Indian journal of veterinary science and animal husbandry - Volume 9,
Year: 1939
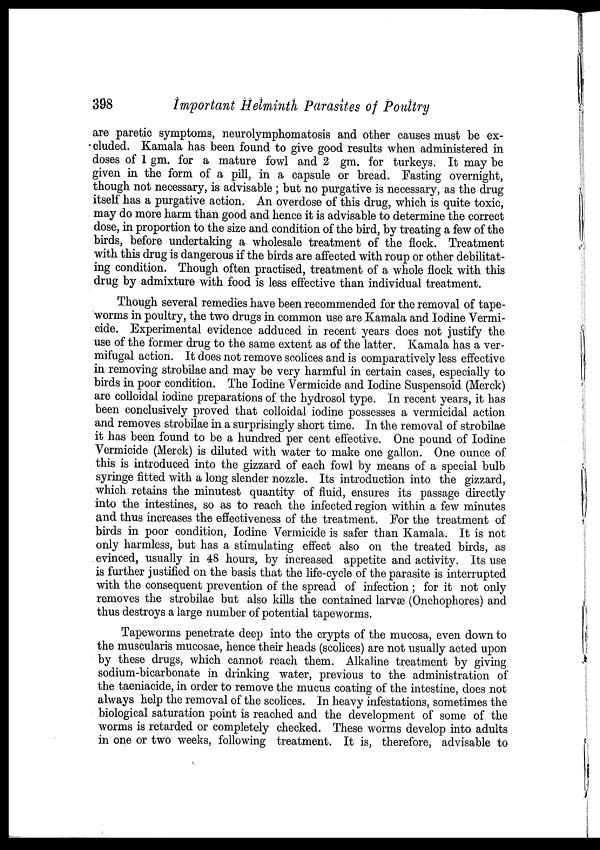
398
Important Helminth Parasites of Poultry
are paretic symptoms, neurolymphomatosis and other causes must be ex-
cluded. Kamala has been found to give good results when administered in
doses of 1 gm. for a mature fowl and 2 gm. for turkeys. It may be
given in the form of a pill, in a capsule or bread. Fasting overnight,
though not necessary, is advisable ; but no purgative is necessary, as the drug
itself has a purgative action. An overdose of this drug, which is quite toxic,
may do more harm than good and hence it is advisable to determine the correct
dose, in proportion to the size and condition of the bird, by treating a few of the
birds, before undertaking a wholesale treatment of the flock. Treatment
with this drug is dangerous if the birds are affected with roup or other debilitat-
ing condition. Though often practised, treatment of a whole flock with this
drug by admixture with food is less effective than individual treatment.
Though several remedies have been recommended for the removal of tape-
worms in poultry, the two drugs in common use are Kamala and Iodine Vermi-
cide. Experimental evidence adduced in recent years does not justify the
use of the former drug to the same extent as of the latter. Kamala has a ver-
mifugal action. It does not remove scolices and is comparatively less effective
in removing strobilae and may be very harmful in certain cases, especially to
birds in poor condition. The Iodine Vermicide and Iodine Suspensoid (Merck)
are colloidal iodine preparations of the hydrosol type. In recent years, it has
been conclusively proved that colloidal iodine possesses a vermicidal action
and removes strobilae in a surprisingly short time. In the removal of strobilae
it has been found to be a hundred per cent effective. One pound of Iodine
Vermicide (Merck) is diluted with water to make one gallon. One ounce of
this is introduced into the gizzard of each fowl by means of a special bulb
syringe fitted with a long slender nozzle. Its introduction into the gizzard,
which retains the minutest quantity of fluid, ensures its passage directly
into the intestines, so as to reach the infected region within a few minutes
and thus increases the effectiveness of the treatment. For the treatment of
birds in poor condition, Iodine Vermicide is safer than Kamala. It is not
only harmless, but has a stimulating effect also on the treated birds, as
evinced, usually in 48 hours, by increased appetite and activity. Its use
is further justified on the basis that the life-cycle of the parasite is interrupted
with the consequent prevention of the spread of infection ; for it not only
removes the strobilae but also kills the contained larvæ (Onchophores) and
thus destroys a large number of potential tapeworms.
Tapeworms penetrate deep into the crypts of the mucosa, even down to
the muscularis mucosae, hence their heads (scolices) are not usually acted upon
by these drugs, which cannot reach them. Alkaline treatment by giving
sodium-bicarbonate in drinking water, previous to the administration of
the taeniacide, in order to remove the mucus coating of the intestine, does not
always help the removal of the scolices. In heavy infestations, sometimes the
biological saturation point is reached and the development of some of the
worms is retarded or completely checked. These worms develop into adults
in one or two weeks, following treatment. It is, therefore, advisable to